Scientific memoirs by medical officers of the Army of India - Part VI,
Year: 1891
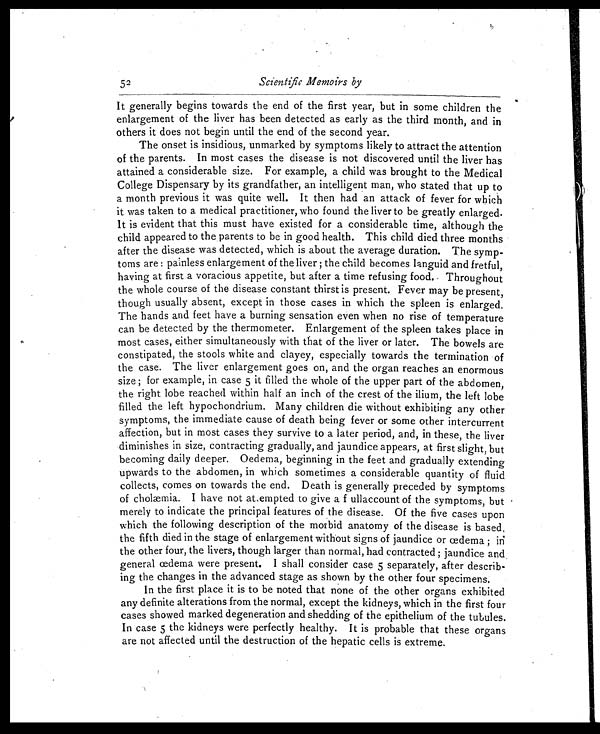
Scientific Memoirs by
It generally begins towards the end of the first year, but in some children the
enlargement of the liver has been detected as early as the third month, and in
others it does not begin until the end of the second year.
The onset is insidious, unmarked by symptoms likely to attract the attention
of the parents. In most cases the disease is not discovered until the liver has
attained a considerable size. For example, a child was brought to the Medical
College Dispensary by its grandfather, an intelligent man, who stated that up to
a month previous it was quite well. It then had an attack of fever for which
it was taken to a medical practitioner, who found the liver to be greatly enlarged.
It is evident that this must have existed for a considerable time, although the
child appeared to the parents to be in good health. This child died three months
after the disease was detected, which is about the average duration. The symp-
toms are : painless enlargement of the liver ; the child becomes languid and fretful,
having at first a voracious appetite, but after a time refusing food. Throughout
the whole course of the disease constant thirst is present. Fever may be present,
though usually absent, except in those cases in which the spleen is enlarged.
The hands and feet have a burning sensation even when no rise of temperature
can be detected by the thermometer. Enlargement of the spleen takes place in
most cases, either simultaneously with that of the liver or later. The bowels are
constipated, the stools white and clayey, especially towards the termination of
the case. The liver enlargement goes on, and the organ reaches an enormous
size ; for example, in case 5 it filled the whole of the upper part of the abdomen,
the right lobe reached within half an inch of the crest of the ilium, the left lobe
filled the left hypochondrium. Many children die without exhibiting any other
symptoms, the immediate cause of death being fever or some other intercurrent
affection, but in most cases they survive to a later period, and, in these, the liver
diminishes in size, contracting gradually, and jaundice appears, at first slight, but
becoming daily deeper. Oedema, beginning in the feet and gradually extending
upwards to the abdomen, in which sometimes a considerable quantity of fluid
collects, comes on towards the end. Death is generally preceded by symptoms
of cholmia. I have not atempted to give a f ullaccount of the symptoms, but
merely to indicate the principal features of the disease. Of the five cases upon
which the following description of the morbid anatomy of the disease is based,
t he fifth died in the stage of enlargement without signs of jaundice or oedema ; in
the other four, the livers, though larger than normal, had contracted ; jaundice and
general oedema were present. I shall consider case 5 separately, after describ-
ing the changes in the advanced stage as shown by the other four specimens,
In the first place it is to be noted that none of the other organs exhibited
any definite alterations from the normal, except the kidneys, which in the first four
cases showed marked degeneration and shedding of the epithelium of the tubules.
In case 5 the kidneys were perfectly healthy. It is probable that these organs
are not affected until the destruction of the hepatic cells is extreme.
52